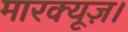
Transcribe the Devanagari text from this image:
मारक्यूज़।